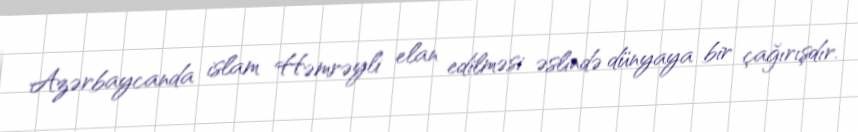
Azərbaycanda islam Həmrəyli elan edilməsi əslində dünyaya bir çağırışdır.